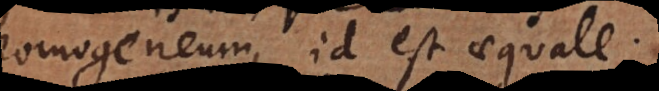
homogeneum, id est aequale.